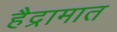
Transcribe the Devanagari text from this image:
हैद्रामात